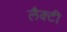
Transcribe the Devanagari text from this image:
लैक्टी